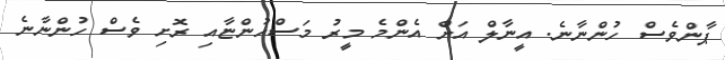
ޕާންވެސް ހުންނާނެ. އީނާލް އަށް އެންމެ މީރު މަސްހުންޏާއި ރޮށި ވެސް ހުންނާނެ